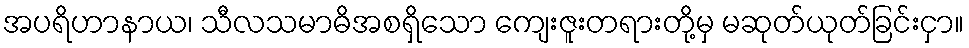
အပရိဟာနာယ၊ သီလသမာဓိအစရှိသော ကျေးဇူးတရားတို့မှ မဆုတ်ယုတ်ခြင်းငှာ။